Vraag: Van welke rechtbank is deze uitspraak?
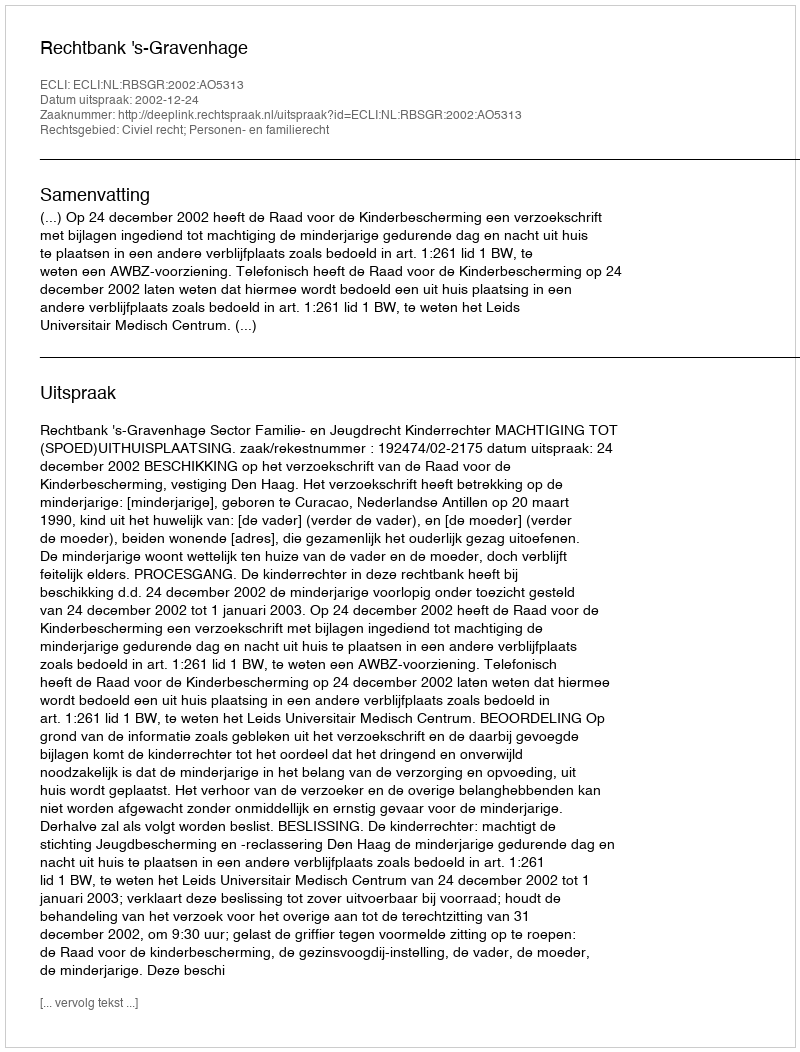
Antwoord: Rechtbank 's-Gravenhage